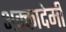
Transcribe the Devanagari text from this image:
अक्कादेमी